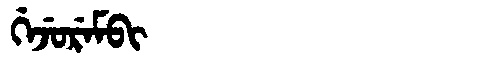
Manchu: ᡤᡝᠵᡠᡵᡝᠮᠪᡳ
Romanization: GEJUREMBI